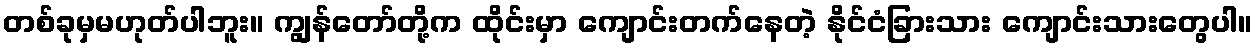
တစ်ခုမှမဟုတ်ပါဘူး။ ကျွန်တော်တို့က ထိုင်းမှာ ကျောင်းတက်နေတဲ့ နိုင်ငံခြားသား ကျောင်းသားတွေပါ။